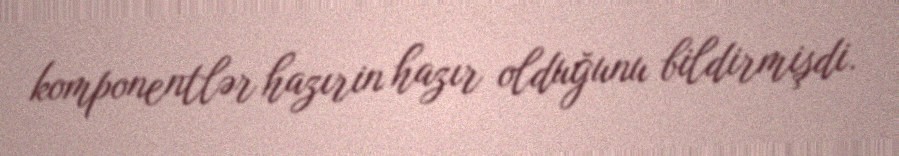
komponentlər hazırin hazır olduğunu bildirmişdi.